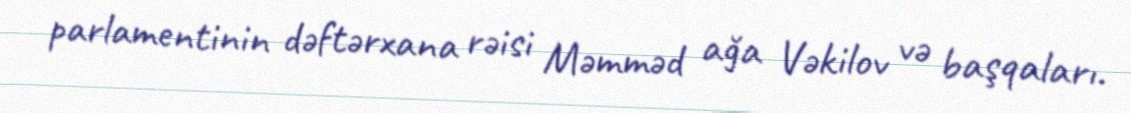
parlamentinin dəftərxana rəisi Məmməd ağa Vəkilov və başqaları.